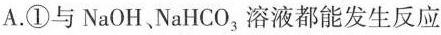
A.①与NaOH、NaHCO_{3}溶液都能发生反应